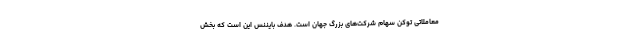
معاملاتی توکن سهام شرکت‌های بزرگ جهان است. هدف بایننس این است که بخش